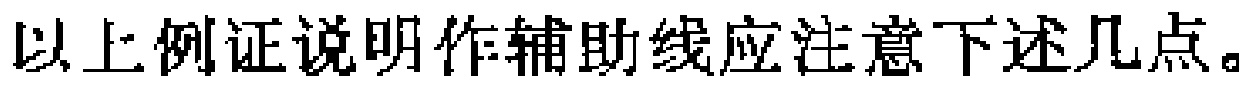
以上例证说明作辅助线应注意下述几点。